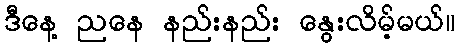
ဒီနေ့ ညနေ နည်းနည်း နွေးလိမ့်မယ်။